Lunatic asylums Punjab 1881-1894 - 1881-1894
Year: 1881
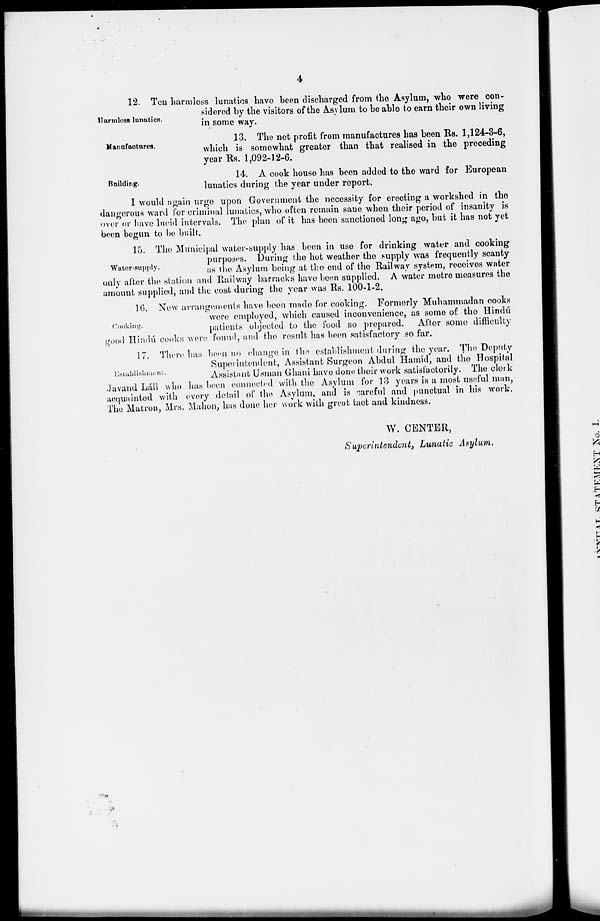
4
Harmless lunatics.
12. Ten harmless lunatics have been discharged from the Asylum, who were con-
sidered by the visitors of the Asylum to be able to earn their own living
in some way.
Manufactures.
13. The net profit from manufactures has been Rs. 1,124-3-6,
which is somewhat greater than that realised in the preceding
year Rs. 1,092-12-6.
Building.
14. A cook house has been added to the ward for European
lunatics during the year under report.
I would again urge upon Government the necessity for erecting a workshed in the
dangerous ward for criminal lunatics, who often remain sane when their period of insanity is
over or have lucid intervals. The plan of it has been sanctioned long ago, but it has not yet
been begun to be built.
Water-supply.
15. The Municipal water-supply has been in use for drinking water and cooking
purposes. During the hot weather the supply was frequently scanty
as the Asylum being at the end of the Railway system, receives water
only after the station and Railway barracks have been supplied. A water metre measures the
amount supplied, and the cost during the year was Rs. 100-1-2.
Cooking.
16. New arrangements have been made for cooking. Formerly Muhammadan cooks
were employed, which caused inconvenience, as some of the Hindú
patients objected to the food so prepared. After some difficulty
good Hindú cooks were found, and the result has been satisfactory so far.
Establishment.
17. There has been no change in the establishment during the year. The Deputy
Superintendent, Assistant Surgeon Abdul Hamid, and the Hospital
Assistant Usman Ghani have done their work satisfactorily. The clerk
Javaud Láll who has been connected with the Asylum for 13 years is a most useful man,
acquainted with every detail of the Asylum, and is careful and punctual in his work.
The Matron, Mrs. Mahon, has done her work with great tact and kindness.
W. CENTER,
Superintendent, Lunatic Asylum.